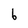
Character: 6